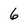
Character: 6